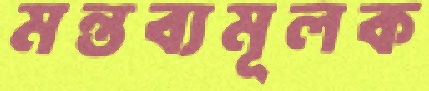
মন্তব্যমূলক